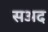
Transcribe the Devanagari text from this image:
सअद